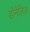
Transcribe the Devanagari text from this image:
डोनेलिज़